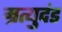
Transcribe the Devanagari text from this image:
म्रत्युदंड